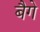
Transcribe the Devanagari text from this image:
बैगे